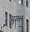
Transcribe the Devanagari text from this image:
युगत